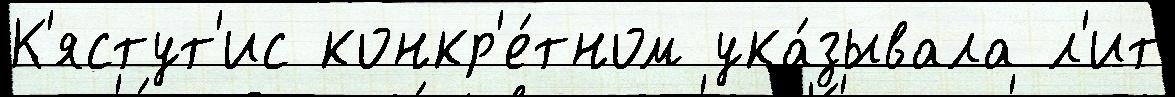
К'ястут'ис конкр'е́тном ука́зывала л'ит